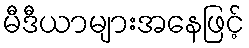
မီဒီယာများအနေဖြင့်